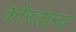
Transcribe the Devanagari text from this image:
कोरताना